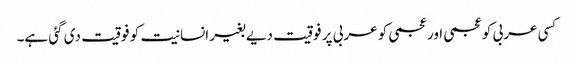
کسی عربی کو عجمی اور عجمی کو عربی پر فوقیت دیے بغیر انسانیت کو فوقیت دی گئی ہے۔